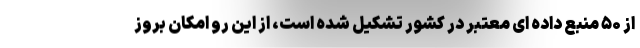
از ۵۰ منبع داده ای معتبر در کشور تشکیل شده است، از این رو امکان بروز